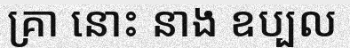
គ្រា នោះ នាង ឧប្បល